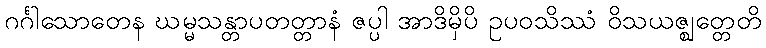
ဂင်္ဂါသောတေန ဃမ္မသန္တာပတတ္တာနံ ဇပ္ပါ အာဒိမှိပိ ဥပဝသိဿံ ဝိသယဇ္ဈတ္တေတိ